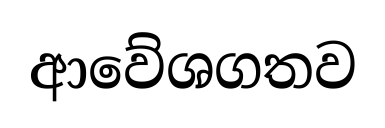
ආවේශගතව